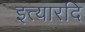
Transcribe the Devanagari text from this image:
इत्यारदि